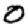
Digit: 0